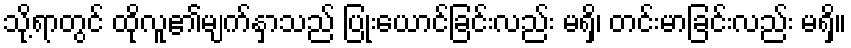
သို့ရာတွင် ထိုလူ၏မျက်နှာသည် ပြုံးယောင်ခြင်းလည်း မရှိ၊ တင်းမာခြင်းလည်း မရှိ။